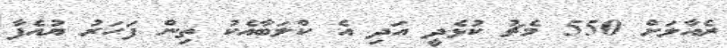
ރެއާލަށް 550 މެޗު ކުޅެދީ އަދި އެ ކްލަބާއެކު ތިން ފަހަރު ޔުއެފާ